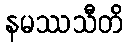
နမဿသီတိ